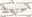
حينئذ